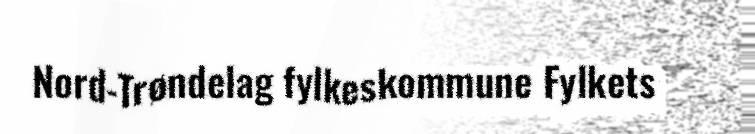
Nord-Trøndelag fylkeskommune Fylkets